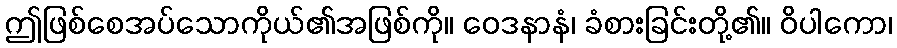
ဤဖြစ်စေအပ်သောကိုယ်၏အဖြစ်ကို။ ဝေဒနာနံ၊ ခံစားခြင်းတို့၏။ ဝိပါကော၊